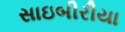
સાઇબીરીયા